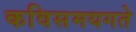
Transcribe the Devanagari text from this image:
कविसमयगते